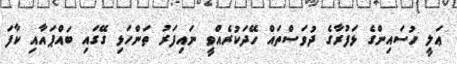
ޢަލީ ހުސައިންގެ ޅަފުރާގެ ދުވަސްތައް ހޭދަކުރެއްވީ ނައިފަރު ތަންހަޅި ގޭގައި ބައްޕައާއި ކާފަ